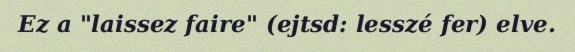
Ez a "laissez faire" (ejtsd: lesszé fer) elve.